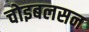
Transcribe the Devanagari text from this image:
चोइबलसन